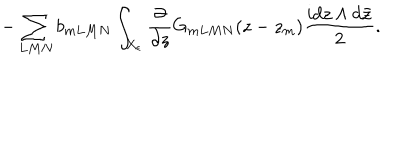
LaTeX: - \sum _ { L M N } b _ { m L M N } \int _ { X _ { \epsilon } } \frac { \partial } { \partial z } G _ { m L M N } ( z - z _ { m } ) \frac { i d z \wedge d \bar { z } } { 2 } .